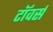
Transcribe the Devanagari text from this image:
टाॅवर्स